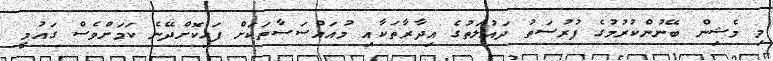
މި މެޝިން ބޭނުންކުރުމުގެ ފުރުސަތު ދައުލަތުގެ އިދާރާތަކާއި މުއައްސަސާތަކަށް ފަހިކޮށްދޭނެ ކަމަށްވެސް ގައުމީ